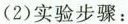
(2) 实验步骤：